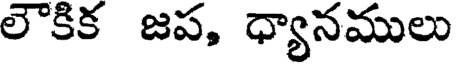
లౌకిక జప, ధ్యానములు